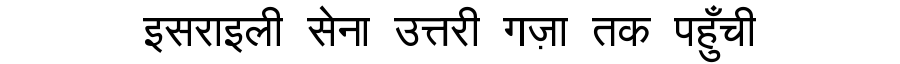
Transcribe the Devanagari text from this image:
इसराइली सेना उत्तरी गज़ा तक पहुँची